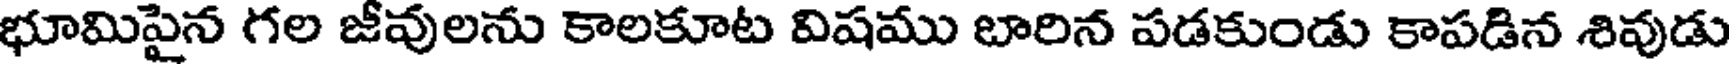
భూమిపైన గల జీవులను కాలకూట విషము బారిన పడకుండు కాపడిన శివుడు